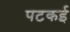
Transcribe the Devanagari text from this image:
पटकई